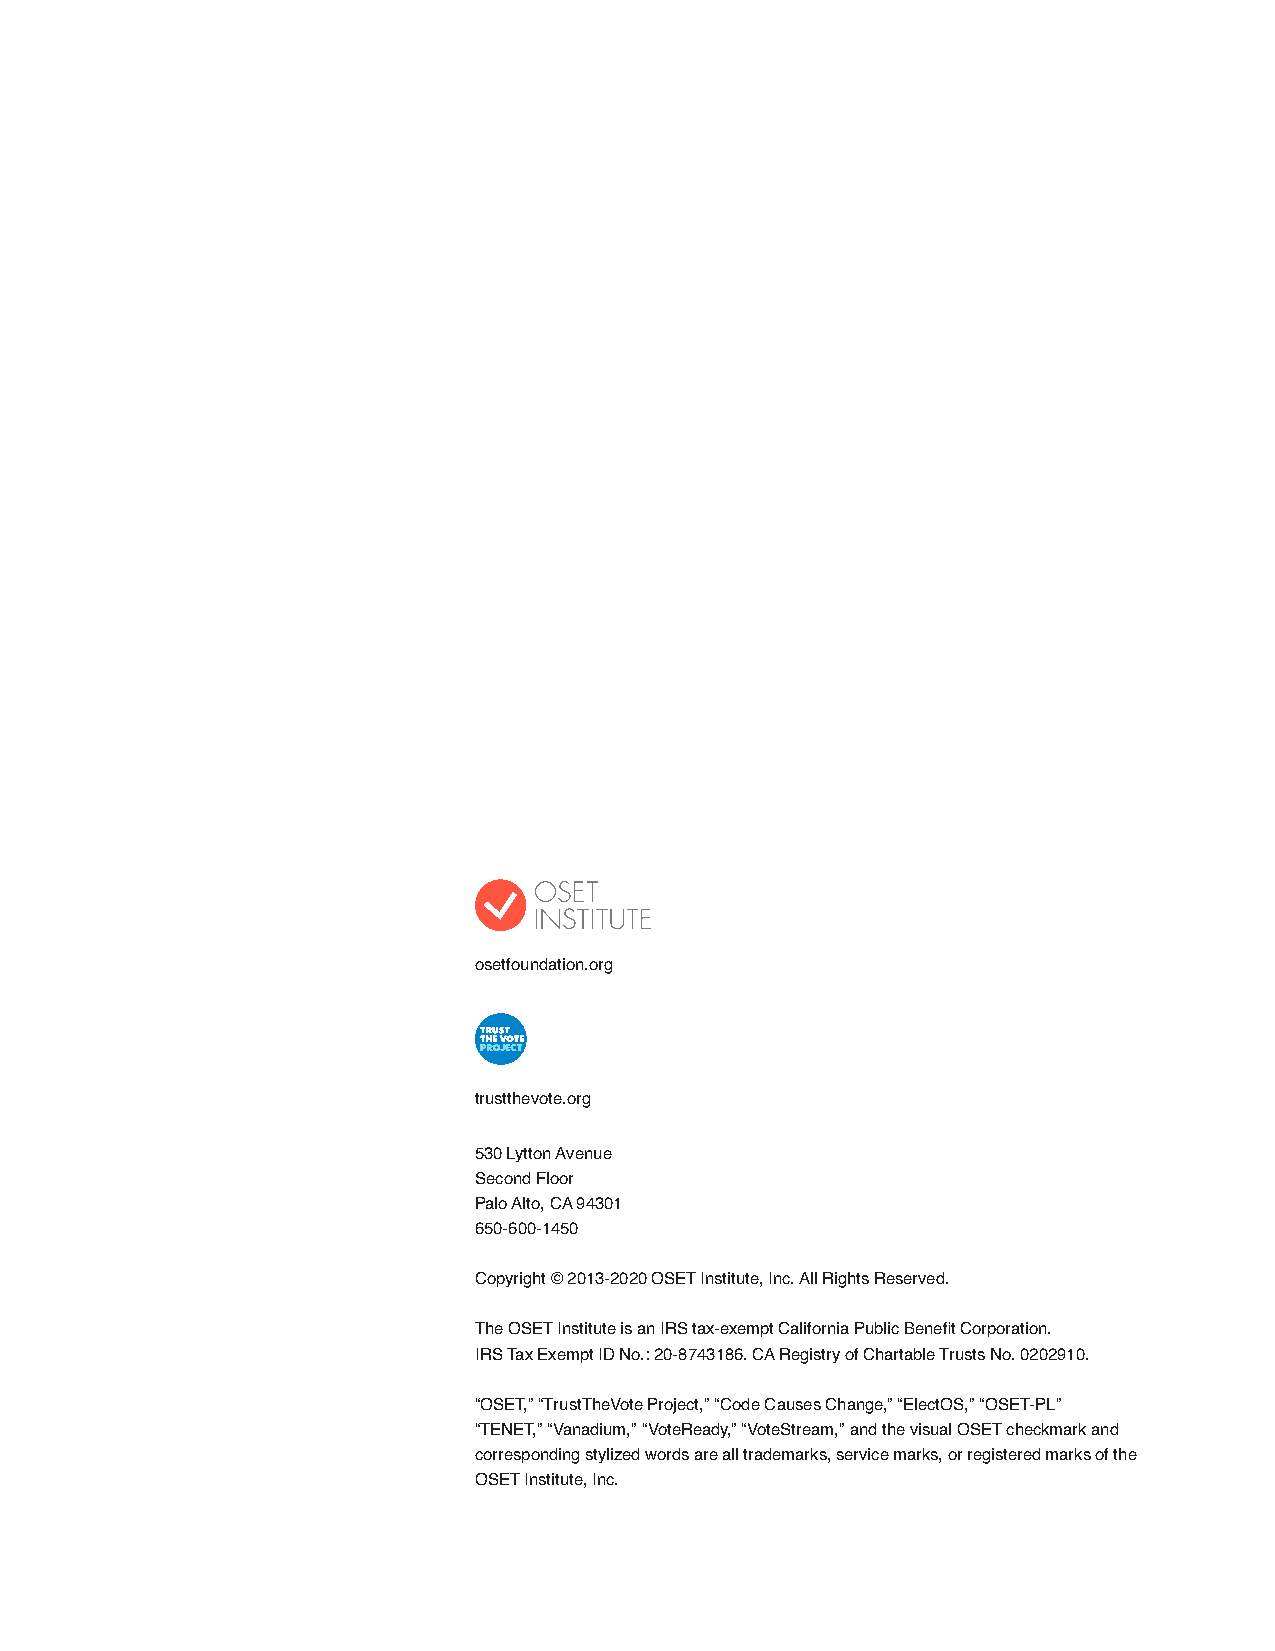
osetfoundation.org
 trustthevote.org
 530 Lytton Avenue
 Second Floor
 Palo Alto, CA 94301
 650-600-1450
 Copyright © 2013-2020 OSET Institute, Inc. All Rights Reserved.
 The OSET Institute is an IRS tax-exempt California Public Benefit Corporation.
 IRS Tax Exempt ID No.: 20-8743186. CA Registry of Chartable Trusts No. 0202910.
 “OSET,” “TrustTheVote Project,” “Code Causes Change,” “ElectOS,” “OSET-PL”
 “TENET,” “Vanadium,” “VoteReady,” “VoteStream,” and the visual OSET checkmark and
 corresponding stylized words are all trademarks, service marks, or registered marks of the
 OSET Institute, Inc.